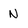
Character: N